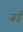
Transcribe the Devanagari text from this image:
ज़ई